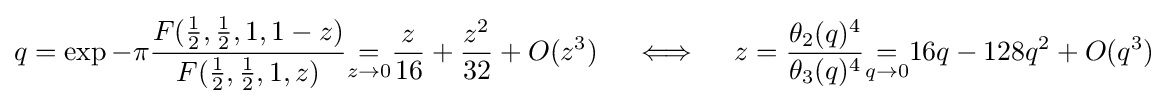
q=\exp -\pi {\frac {F({\frac {1}{2}},{\frac {1}{2}},1,1-z)}{F({\frac {1}{2}},{\frac {1}{2}},1,z)}}{\underset {z\to 0}{=}}{\frac {z}{16}}+{\frac {z^{2}}{32}}+O(z^{3})\quad \iff \quad z={\frac {\theta _{2}(q)^{4}}{\theta _{3}(q)^{4}}}{\underset {q\to 0}{=}}16q-128q^{2}+O(q^{3})